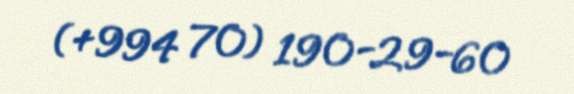
(+994 70) 190-29-60